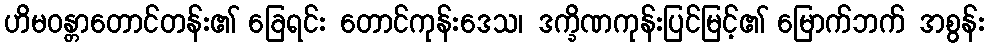
ဟိမဝန္တာတောင်တန်း၏ ခြေရင်း တောင်ကုန်းဒေသ၊ ဒက္ခိဏကုန်းပြင်မြင့်၏ မြောက်ဘက် အစွန်း